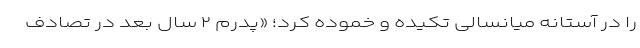
را در آستانه میانسالی تکیده و خموده کرد؛ «پدرم ۲ سال بعد در تصادف